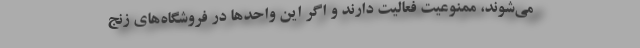
می‌شوند، ممنوعیت فعالیت دارند و اگر این واحدها در فروشگاه‌های زنج